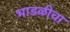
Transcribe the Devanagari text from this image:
भाडळीचा